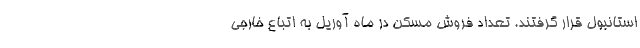
استانبول قرار گرفتند. تعداد فروش مسکن در ماه آوریل به اتباع خارجی